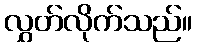
လွှတ်လိုက်သည်။